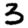
Digit: 3